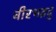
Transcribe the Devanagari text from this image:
वीरभद्रदु